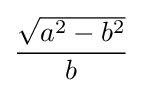
{\frac {\sqrt {a^{2}-b^{2}}}{b}}